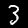
Label: 3